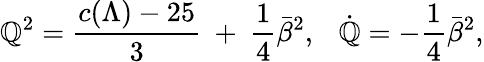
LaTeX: \mathbb{Q}^{2}={\frac{{c(\Lambda)-25}}{{3}}}~+~{\frac{{1}}{{4}}}\bar{{\beta}}^{2},~~~\dot{{\mathbb{Q}}}=-{\frac{{1}}{{4}}}\bar{{\beta}}^{2},